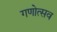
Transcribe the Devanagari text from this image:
गणोत्सव